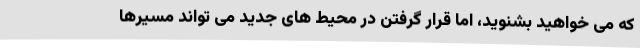
که می خواهید بشنوید، اما قرار گرفتن در محیط های جدید می تواند مسیرها